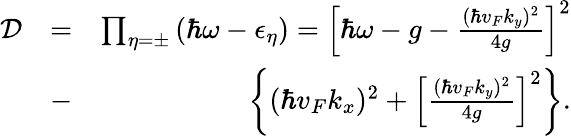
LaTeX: \begin{array}{rlr}{\mathcal{D}}&{=}&{\prod_{\eta=\pm}\left(\hbar\omega-\epsilon_{\eta}\right)=\left[\hbar\omega-g-\frac{(\hbar v_{F}k_{y})^{2}}{4g}\right]^{2}}\\ &{-}&{\left\{ (\hbar v_{F}k_{x})^{2}+\left[\frac{(\hbar v_{F}k_{y})^{2}}{4g}\right]^{2}\right\} .}\end{array}